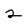
Character: 2